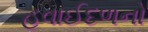
હવાઈદળનો